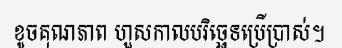
ខូចគុណភាព ហួសកាលបរិច្ឆេទប្រើប្រាស់។